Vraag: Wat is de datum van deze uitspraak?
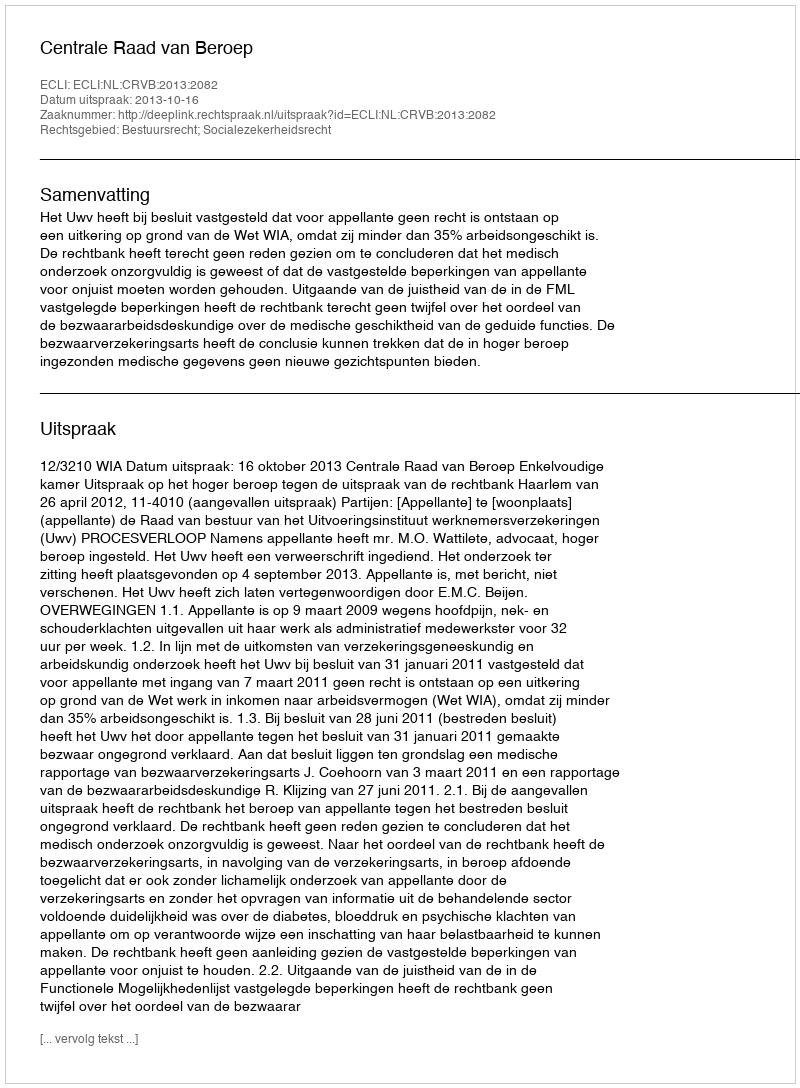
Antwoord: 2013-10-16